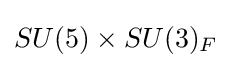
SU(5)\times SU(3)_{F}